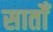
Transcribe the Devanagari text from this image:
सातोँ